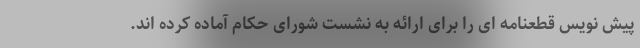
پیش نویس قطعنامه ای را برای ارائه به نشست شورای حکام آماده کرده اند.